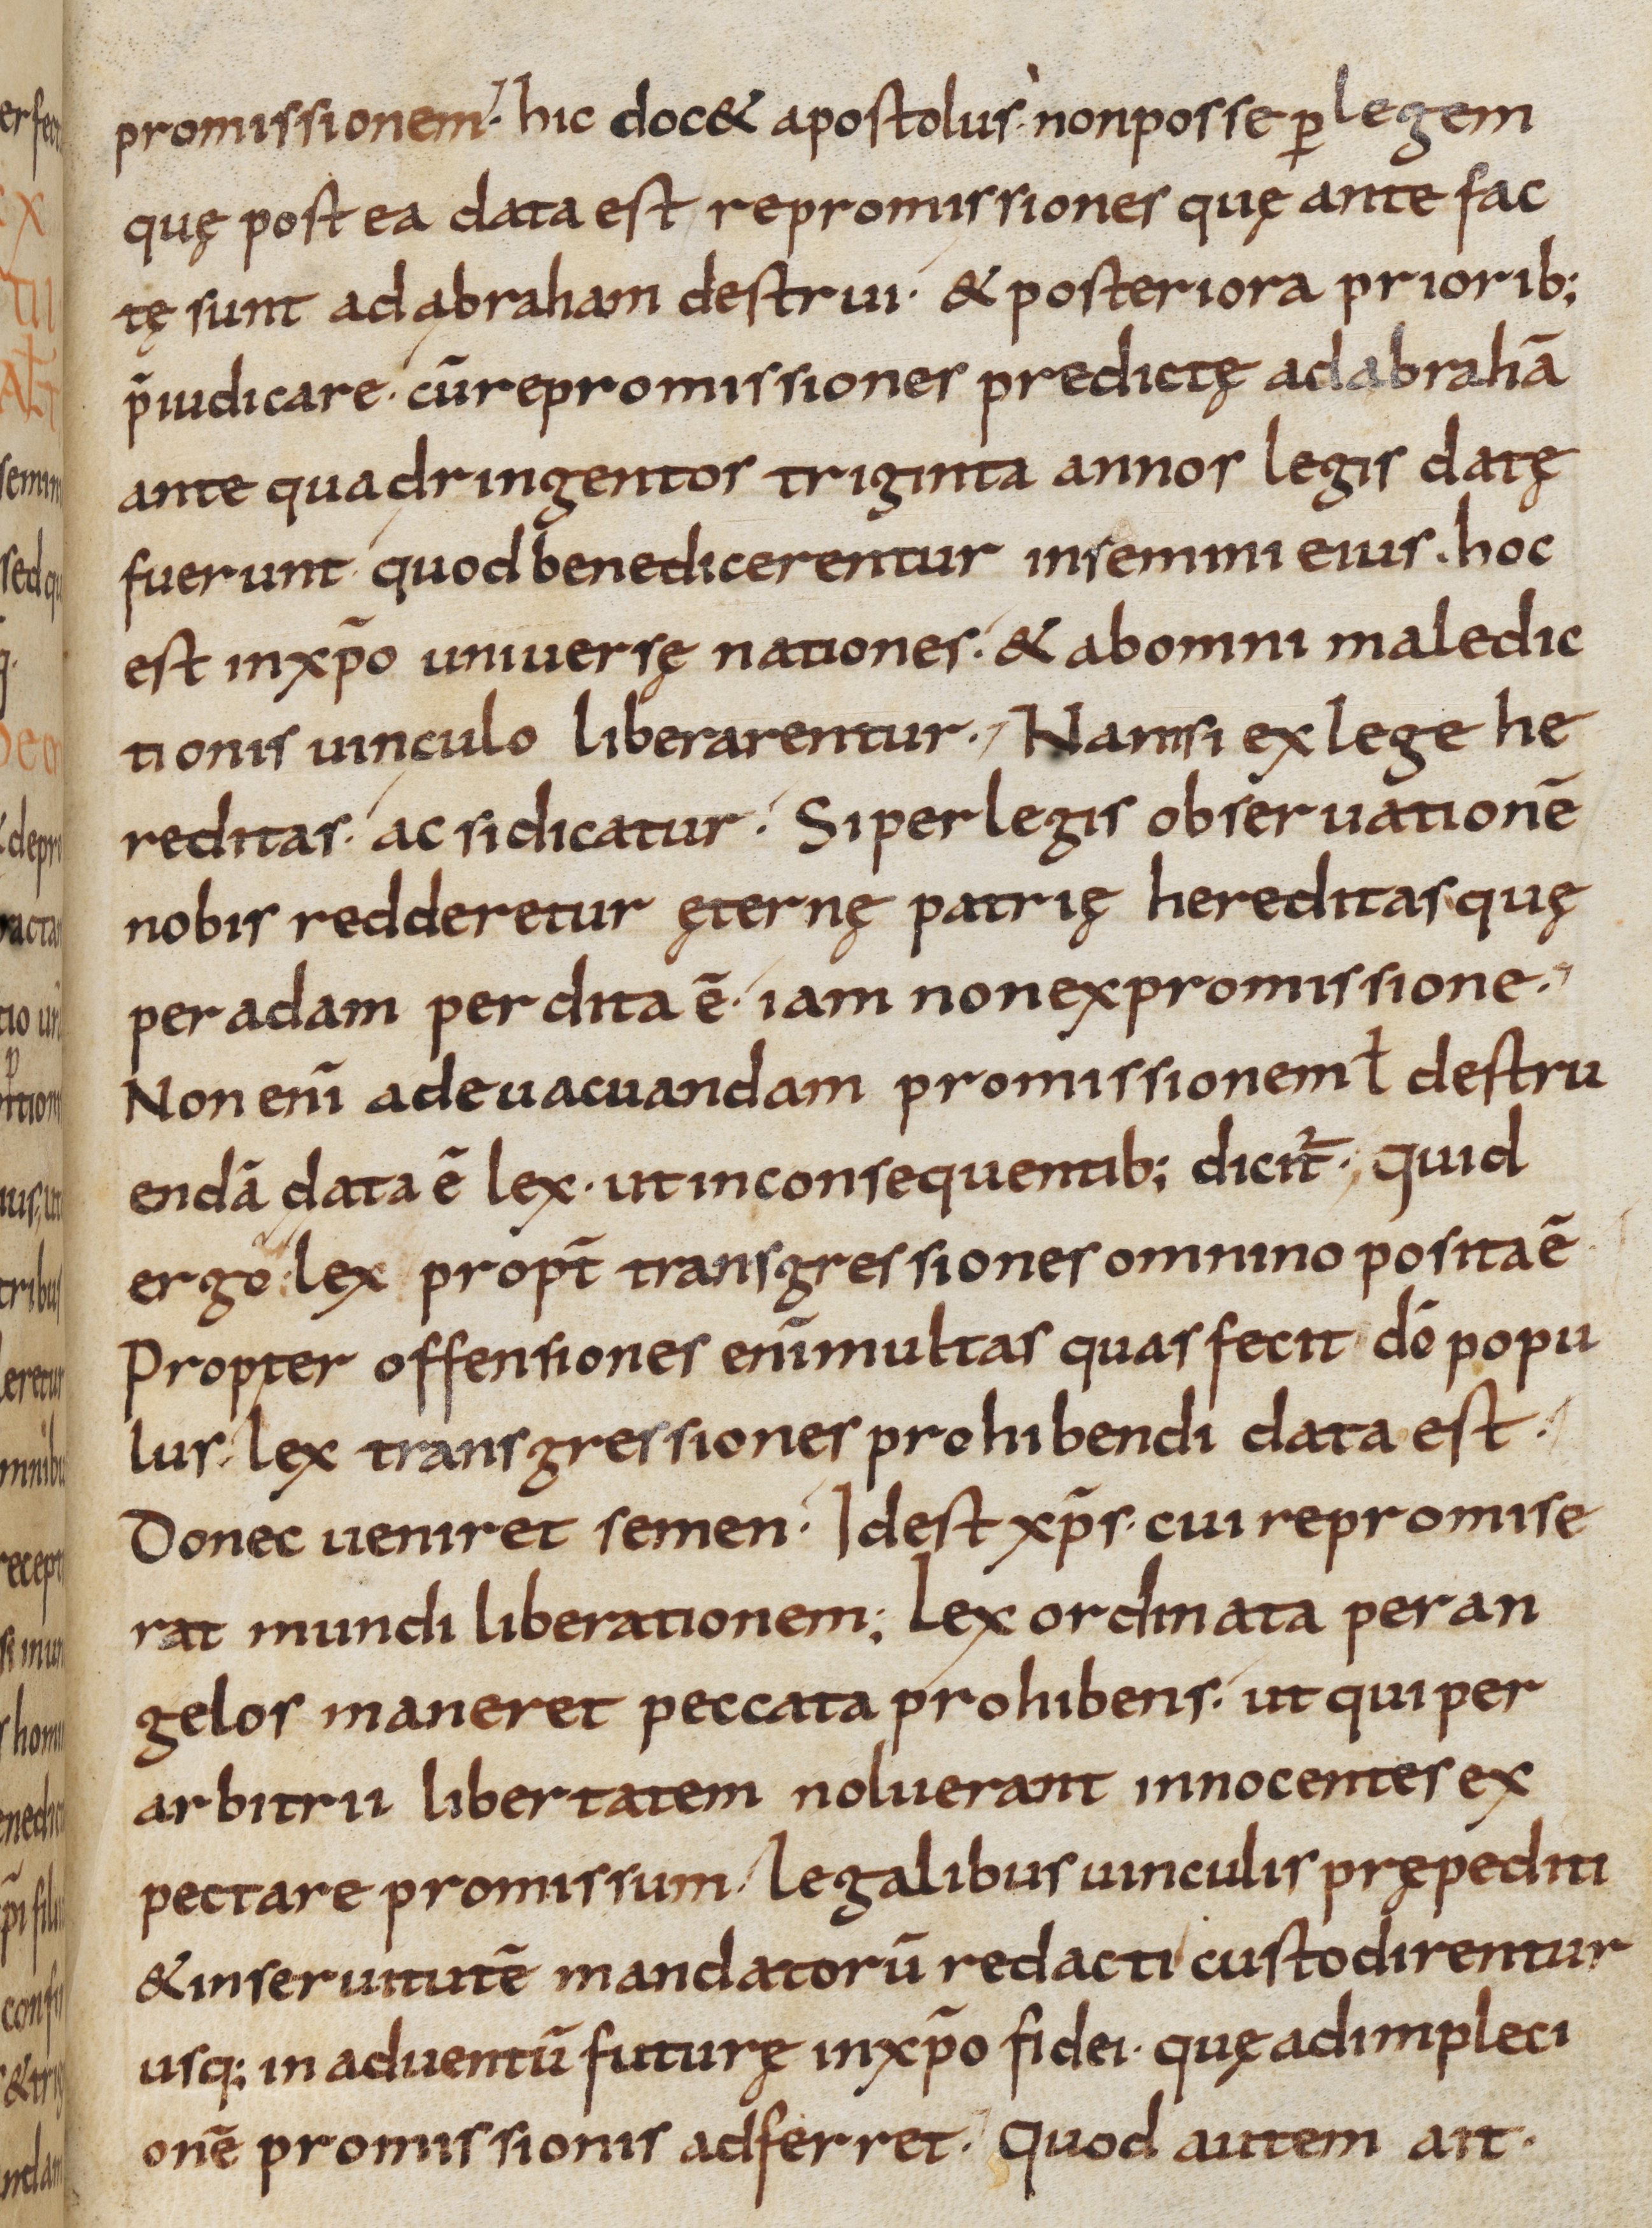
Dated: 800–899